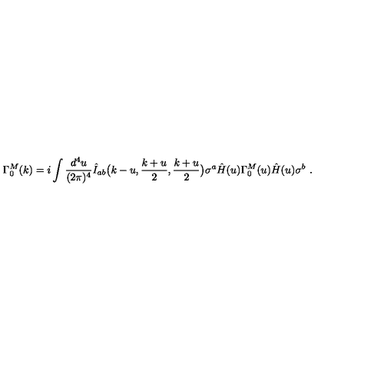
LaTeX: \Gamma _ { 0 } ^ { M } ( k ) = i \int { \frac { d ^ { 4 } u } { ( 2 \pi ) ^ { 4 } } } \hat { I } _ { a b } \big ( k - u , { \frac { k + u } { 2 } } , { \frac { k + u } { 2 } } \big ) \sigma ^ { a } \hat { H } ( u ) \Gamma _ { 0 } ^ { M } ( u ) \hat { H } ( u ) \sigma ^ { b } \ .